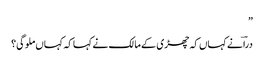
”
دراؔ نے کہاں کہ چھڑی کے مالک نے کہا کہ کہاں ملوگی؟